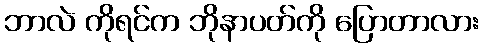
ဘာလဲ ကိုရင်က ဘိုနာပတ်ကို ပြောတာလား